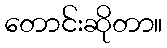
တောင်းဆိုတာ။